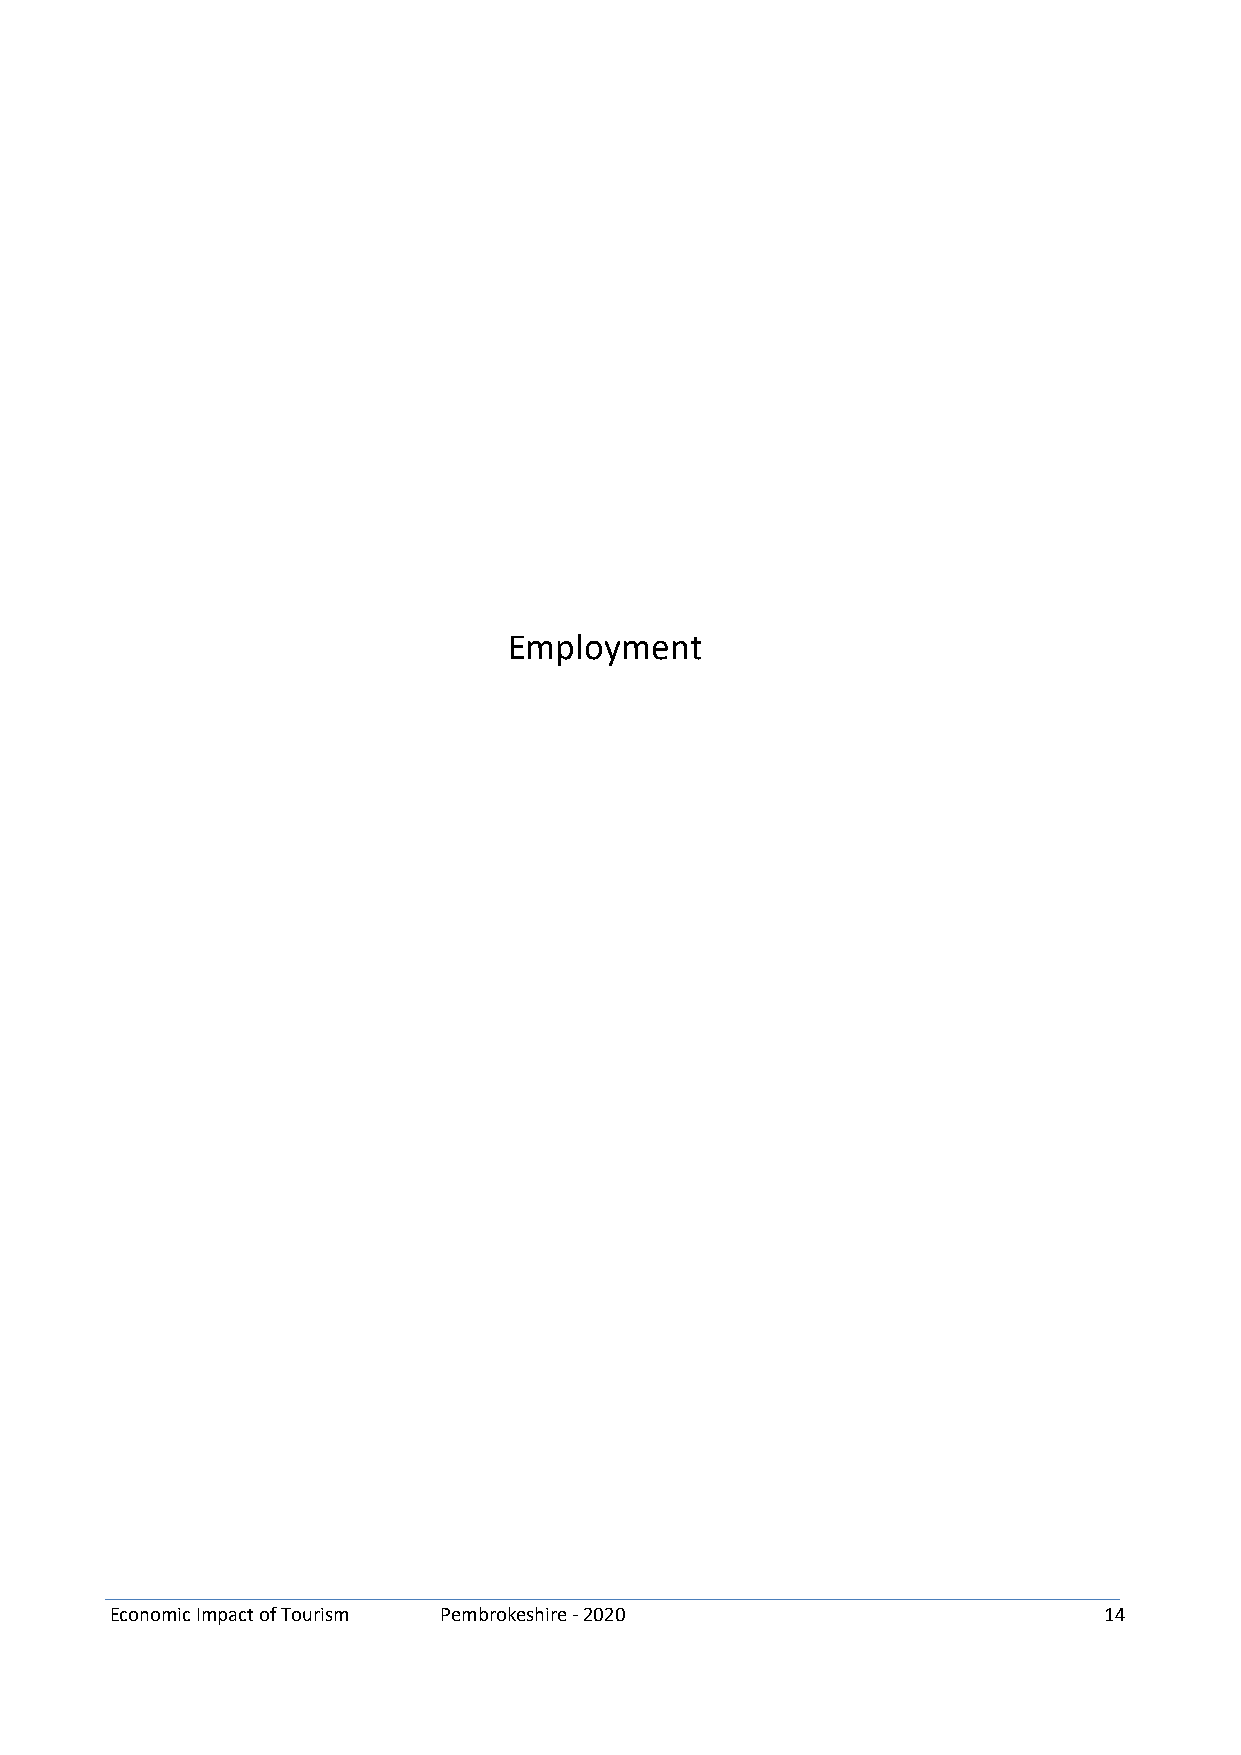
Employment
 Economic Impact of Tourism Pembrokeshire - 2020                   14